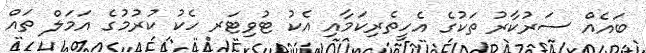
ބައެއް ސަރުކާރު ތަކުގެ އެހީތެރިކަމާއި އެކު ޓުވިޓަރ ހެކު ކުރުމުގެ އަމަލް ތައް